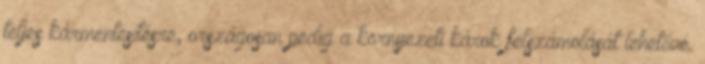
teljes kármentesítésre, országosan pedig a környezeti károk felszámolását lehetővé.